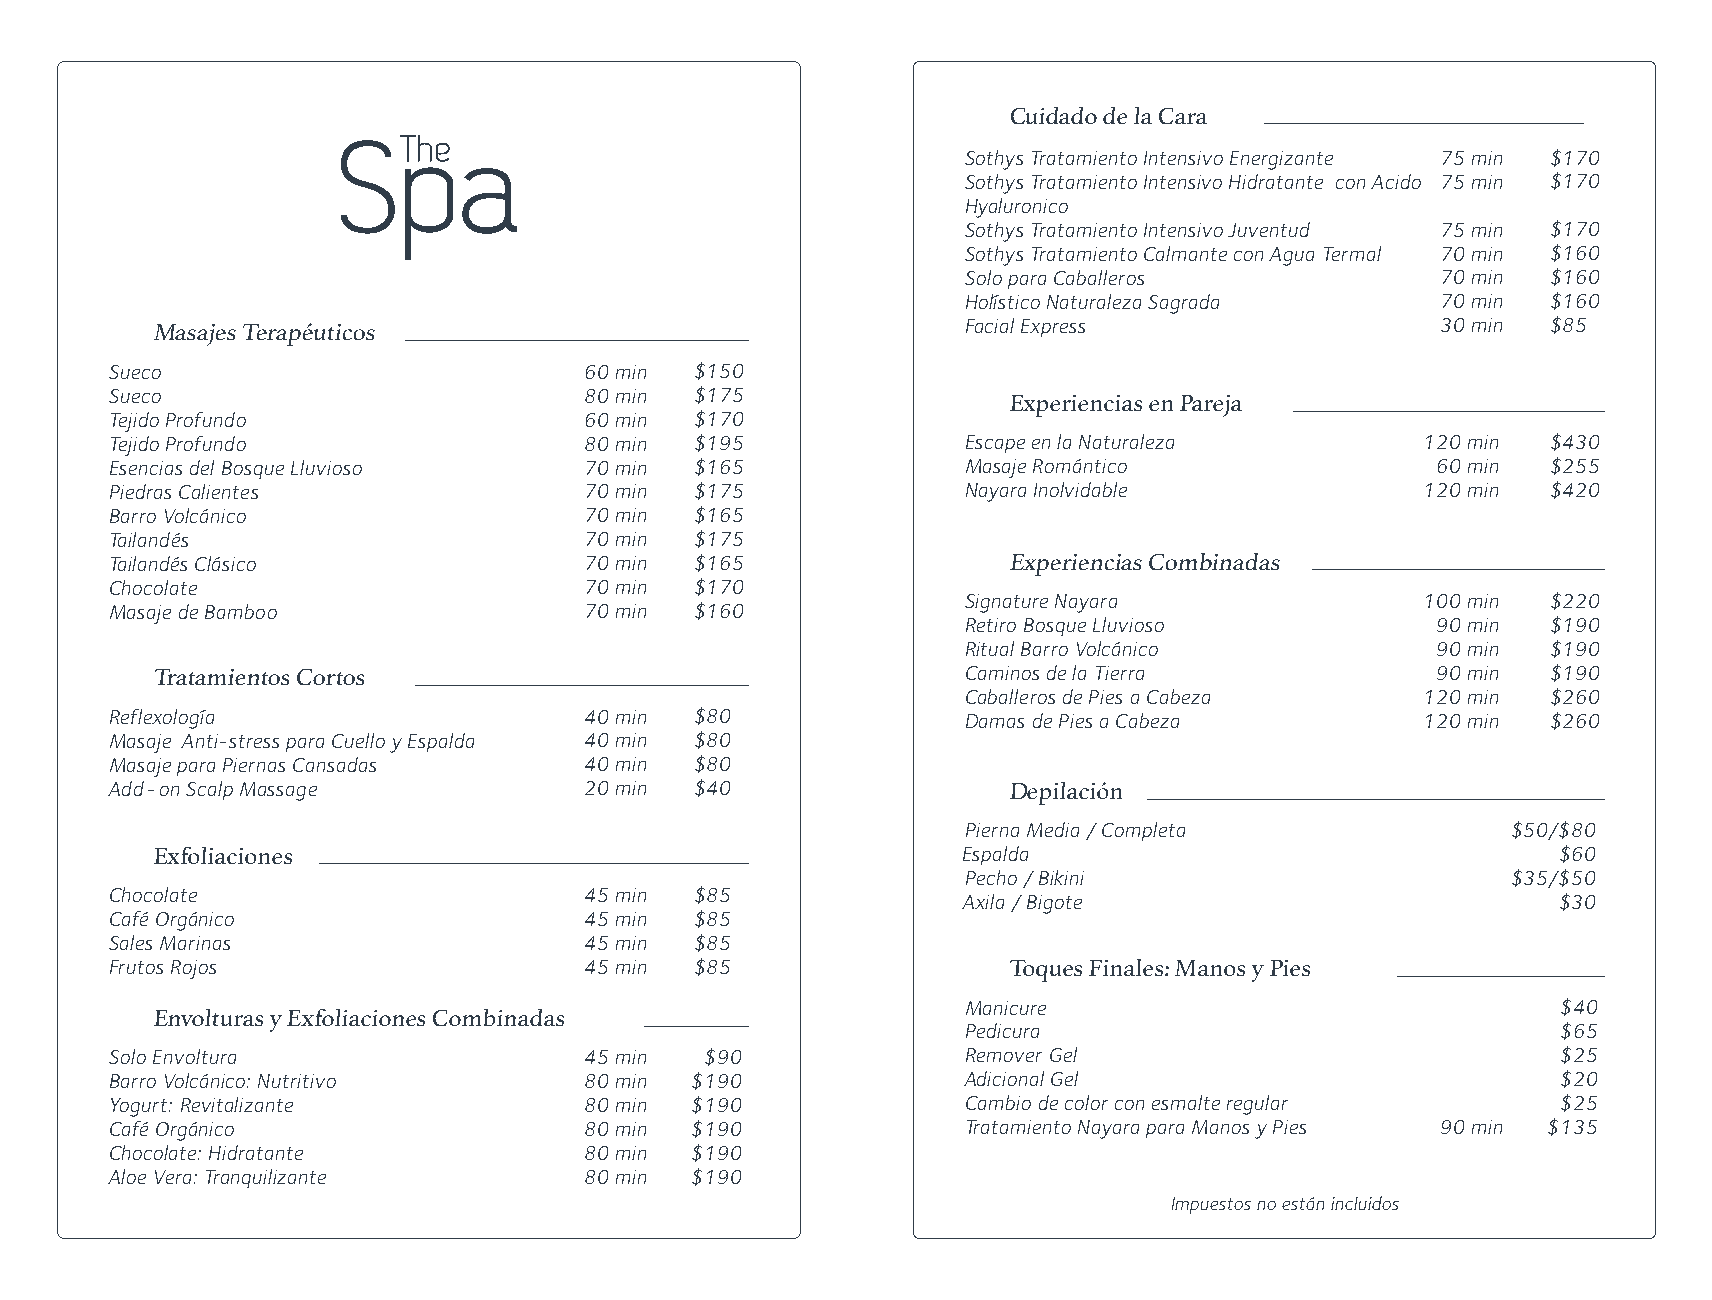
Cuidado de la Cara
 Sothys Tratamiento Intensivo Energizante 75 min $170
 Sothys Tratamiento Intensivo Hidratante con Acido 75 min $170
 Hyaluronico
 Sothys Tratamiento Intensivo Juventud 75 min $170
 Sothys Tratamiento Calmante con Agua Termal 70 min $160
 Solo para Caballeros           70 min $160
 Holístico Naturaleza Sagrada   70 min $160
 Facial Express                 30 min $85
 Masajes Terapéuticos
 Sueco                           60 min $150
 Sueco                           80 min $175
 Experiencias en Pareja
 Tejido Profundo                 60 min $170
 Tejido Profundo                 80 min $195              Escape en la Naturaleza       120 min $430
 Esencias del Bosque Lluvioso    70 min $165              Masaje Romántico               60 min $255
 Piedras Calientes               70 min $175              Nayara Inolvidable            120 min $420
 Barro Volcánico                 70 min $165
 Tailandés                       70 min $175
 Tailandés Clásico               70 min $165                 Experiencias Combinadas
 Chocolate                       70 min $170
 Signature Nayara              100 min $220
 Masaje de Bamboo                70 min $160
 Retiro Bosque Lluvioso         90 min $190
 Ritual Barro Volcánico         90 min $190
 Caminos de la Tierra           90 min $190
 Tratamientos Cortos
 Caballeros de Pies a Cabeza   120 min $260
 Reflexología                    40 min $80               Damas de Pies a Cabeza        120 min $260
 Masaje Anti-stress para Cuello y Espalda 40 min $80
 Masaje para Piernas Cansadas    40 min $80
 Add - on Scalp Massage          20 min $40                  Depilación
 Pierna Media / Completa             $50/$80
 Exfoliaciones                                         Espalda                                $60
 Pecho / Bikini                      $35/$50
 Chocolate                       45 min $85
 Axila / Bigote                         $30
 Café Orgánico                   45 min $85
 Sales Marinas                   45 min $85
 Frutos Rojos                    45 min $85                  Toques Finales: Manos y Pies
 Manicure                               $40
 Envolturas y Exfoliaciones Combinadas
 Pedicura                               $65
 Solo Envoltura                  45 min  $90              Remover Gel                            $25
 Barro Volcánico: Nutritivo      80 min $190              Adicional Gel                          $20
 Yogurt: Revitalizante           80 min $190              Cambio de color con esmalte regular    $25
 Café Orgánico                   80 min $190              Tratamiento Nayara para Manos y Pies 90 min $135
 Chocolate: Hidratante           80 min $190
 Aloe Vera: Tranquilizante       80 min $190
 Impuestos no están incluidos